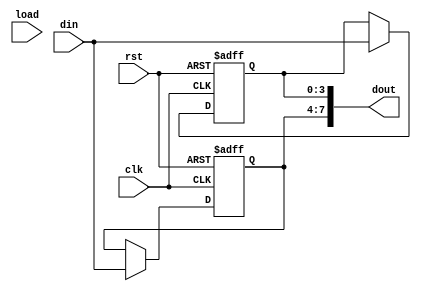
`define A always @ (posedge clk or posedge rst)

module din4_dout8 (clk,rst,din,dout,load);
input clk,rst;
input load;
output [7:0] dout;
input [3:0] din;

wire [7:0] dout;
reg [3:0] dout74,dout30;
wire msb;
reg lsb;
reg state;
parameter IDLE=0,SMSB=1;

`A

begin
    if (rst) dout74<=0;
	else dout74<= msb ? din : dout74;
end

`A 
begin 
    if (rst) dout30<=0;
	else dout30<= lsb ? din : dout30;
end
assign dout={dout74,dout30};

`ifdef VER1

always @ (negedge clk or posedge rst)
begin
   if (rst) msb<=0;
   else msb<=load;
end
`endif


`ifdef VER2
`A
begin 
if (rst) state<= IDLE;
else 
case (state)
IDLE: state<= load? SMSB : IDLE;
SMSB: state<= IDLE;
endcase
end

assign msb = state==SMSB;

always @ *
begin
    if (state==IDLE)  lsb =load?1:0;
	else lsb=0;
end

`endif

endmodule